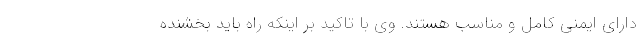
دارای ایمنی کامل و مناسب هستند. وی با تاکید بر اینکه راه باید بخشنده